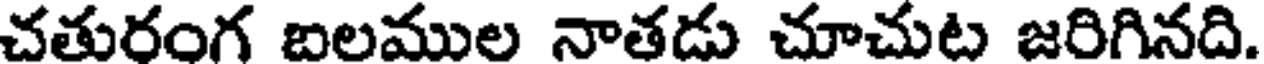
చతురంగ బలముల నాతడు చూచుట జరిగినది.